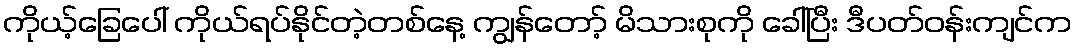
ကိုယ့်ခြေပေါ် ကိုယ်ရပ်နိုင်တဲ့တစ်နေ့ ကျွန်တော့် မိသားစုကို ခေါ်ပြီး ဒီပတ်ဝန်းကျင်က